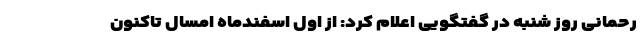
رحمانی روز شنبه در گفتگویی اعلام کرد: از اول اسفندماه امسال تاکنون